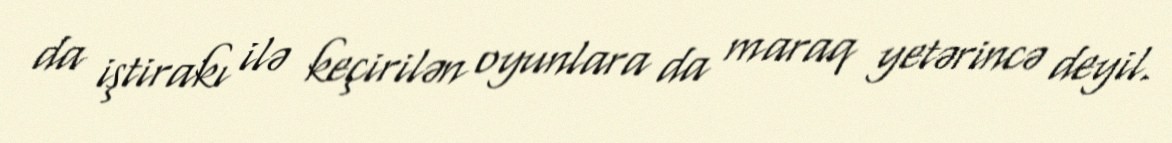
da iştirakı ilə keçirilən oyunlara da maraq yetərincə deyil.